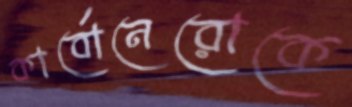
কার্বোনেরোকে